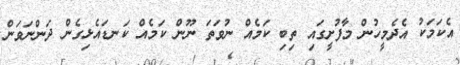
އެކަމަކު އެދެމީހުން މާފުށީގައި ތިބި ކަމެއް ނުވަތަ ނޫން ކަމެއް ކަނޑައެޅިގެން ދަންނަވަން